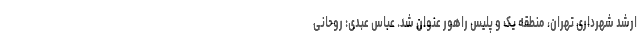
ارشد شهرداری تهران، منطقه یک و پلیس راهور عنوان شد. عباس عبدی: روحانی